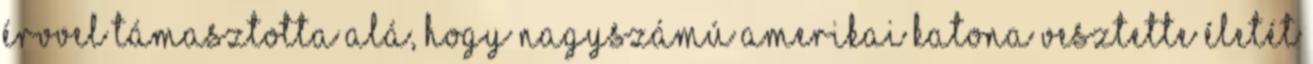
érvvel támasztotta alá, hogy nagyszámú amerikai katona vesztette életét